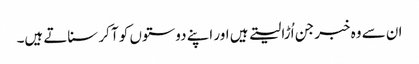
ان سے وہ خبر جن اُڑا لیتے ہیں اور اپنے دوستوں کو آ کر سناتے ہیں۔